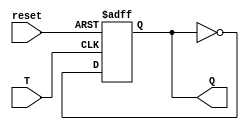
module async_t_ff(input wire T, input wire reset, output reg Q);

always @ (posedge T or posedge reset)
begin
    if (reset)
        Q <= 1'b0;
    else
        Q <= ~Q;
end

endmodule